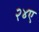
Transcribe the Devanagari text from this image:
२४ए